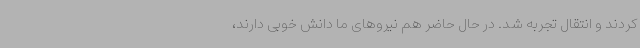
کردند و انتقال تجربه شد. در حال حاضر هم نیروهای ما دانش خوبی دارند،